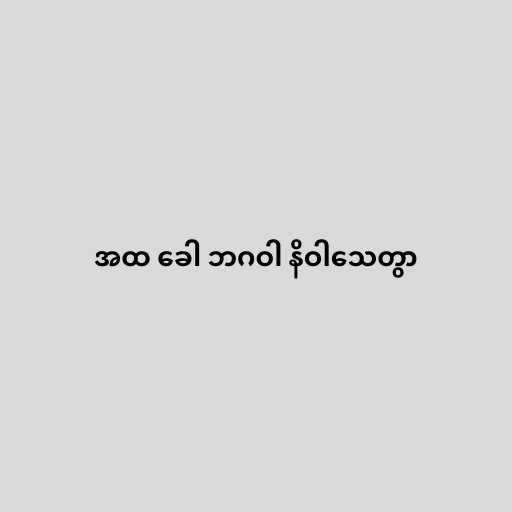
အထ ခေါ ဘဂဝါ နိဝါသေတွာ